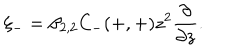
LaTeX: \xi _ { - } = \beta _ { 2 , 2 } C _ { - } ( + , + ) z ^ { 2 } \frac { \partial } { \partial z } .